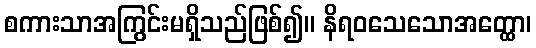
စကားသာအကြွင်းမရှိသည်ဖြစ်၍။ နိရဝသေသောအတ္ထော၊